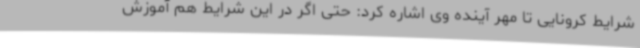
شرایط کرونایی تا مهر آینده وی اشاره کرد: حتی اگر در این شرایط هم آموزش